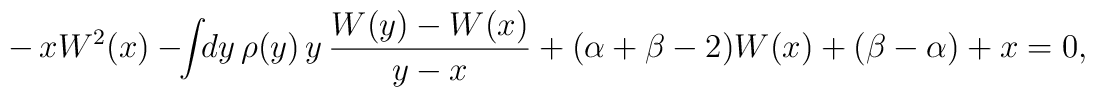
-\,xW^2(x)-\!\!\int\!\!dy\,\rho(y)\,y\,\frac{W(y)-W(x)}{y-x}+(\alpha+\beta-2)W(x)+(\beta-\alpha)+x=0,